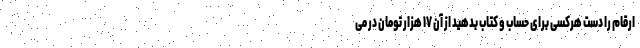
ارقام را دست هرکسی برای حساب و کتاب بدهید از آن ۱۷ هزار تومان در می